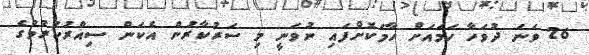
26 ވަނަ ދުވަހާ ހަމައަށް ހާމަކޮށްފައި ނުވަނީ މި ސަރުކާރުން އެކަން ސިއްރުކުރުމުގެ